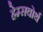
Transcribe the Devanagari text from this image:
हेम्सवोर्थ